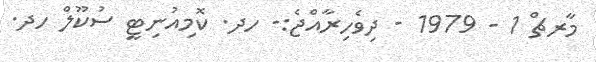
މާރޗް 1 - 1979 - ދިވެހިރާއްޖެ:- ހދ. ކޮމިއުނިޓީ ސުކޫލް ހދ.